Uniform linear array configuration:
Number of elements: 4
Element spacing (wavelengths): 0.75
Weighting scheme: blackman
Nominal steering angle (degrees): -30
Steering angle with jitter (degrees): -31.003
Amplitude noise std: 0.05
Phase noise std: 0.05

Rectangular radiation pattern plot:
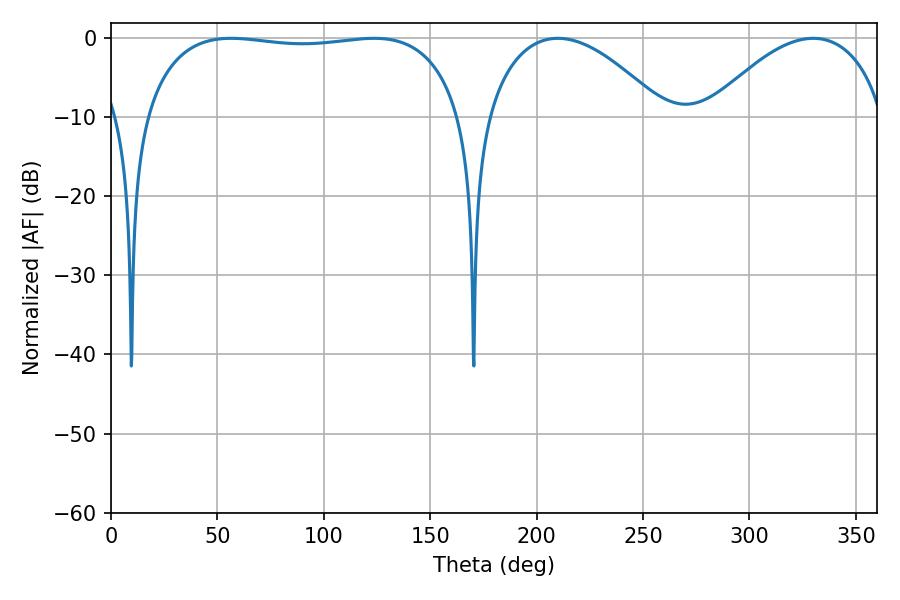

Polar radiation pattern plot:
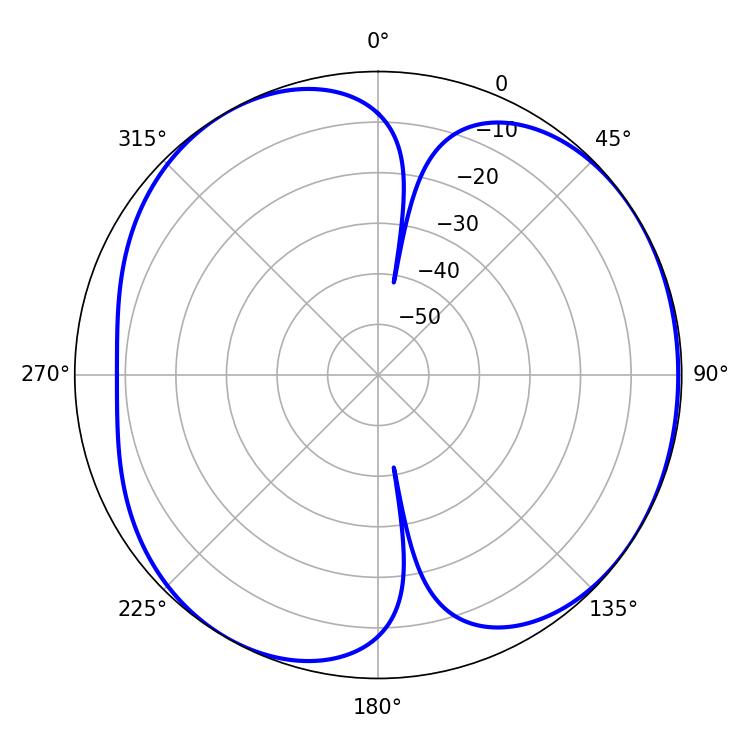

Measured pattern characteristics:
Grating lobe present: TRUE
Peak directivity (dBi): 5.047
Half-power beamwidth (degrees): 119.88
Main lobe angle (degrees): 56.52